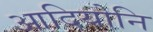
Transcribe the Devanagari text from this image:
आदियोनि